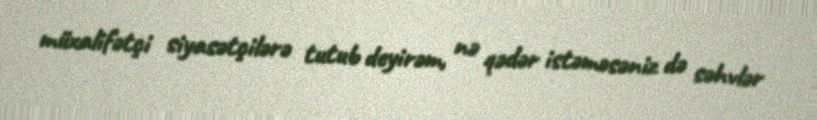
müxalifətçi siyasətçilərə tutub deyirəm, nə qədər istəməsəniz də səhvlər